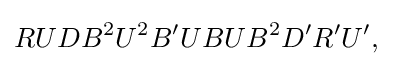
RUDB^{2}U^{2}B^{\prime }UBUB^{2}D^{\prime }R^{\prime }U^{\prime },\,\!